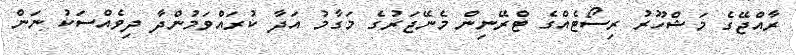
ރާއްޖޭގެ މަޝްހޫރު ރިސޯޓެއްގެ ޓްރޭނިން މެނޭޖަރުގެ މަގާމު އަދާ ކުރައްވަމުންދާ ދިވެއްސަކު ނަން